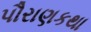
પૌરાણકથા